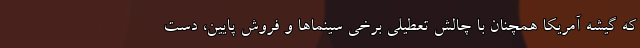
که گیشه آمریکا همچنان با چالش تعطیلی برخی سینماها و فروش پایین، دست